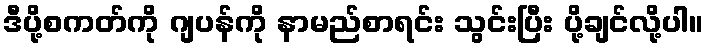
ဒီပို့စကတ်ကို ဂျပန်ကို နာမည်စာရင်း သွင်းပြီး ပို့ချင်လို့ပါ။